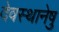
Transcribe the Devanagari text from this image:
देवस्थानेषु